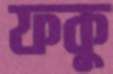
ফকু